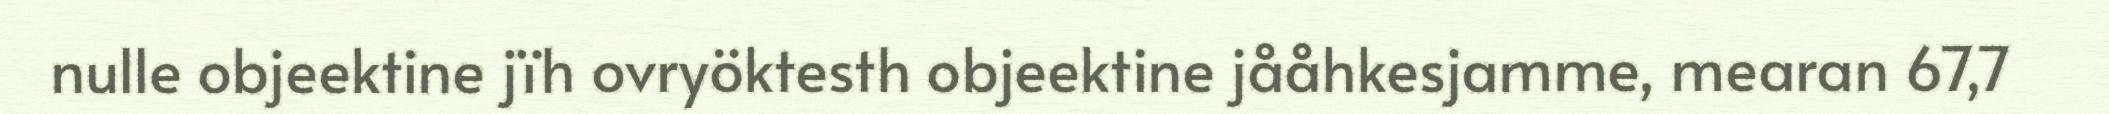
nulle objeektine jïh ovryöktesth objeektine jååhkesjamme, mearan 67,7